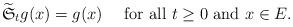
LaTeX: \begin{align*}\widetilde{\mathfrak{S}}_{t}g(x)=g(x)\quad\mbox{ for all }t\ge 0 \mbox{ and }x\in E.\end{align*}